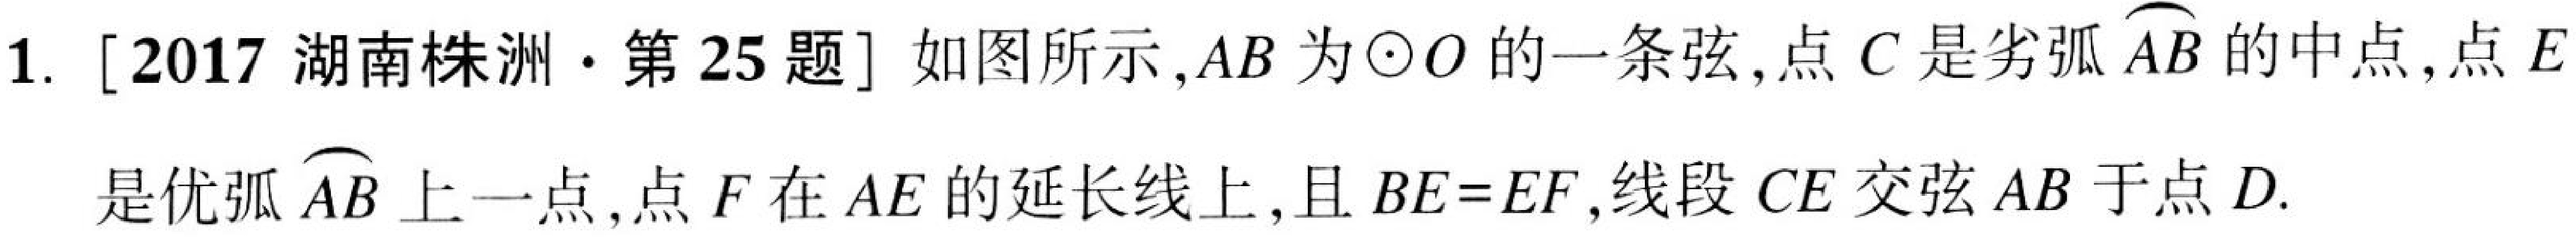
1. [2017 湖南株洲·第 25 题] 如图所示，\(AB\)为\(\odot O\)的一条弦，点\(C\)是劣弧\(\overset{\frown}{AB}\)的中点，点\(E\)是优弧\(\overset{\frown}{AB}\)上一点，点\(F\)在\(AE\)的延长线上，且\(BE = EF\)，线段\(CE\)交弦\(AB\)于点\(D\).